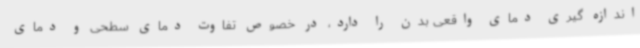
اندازه گیری دمای واقعی بدن را دارد، در خصوص تفاوت دمای سطحی و دمای